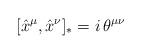
LaTeX: \begin{align*}[\hat{x}^\mu,\hat{x}^\nu]_*=i\,\theta^{\mu\nu}\end{align*}